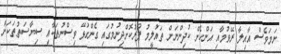
ނަމަވެސް އާއިލާ ރޭވުމާއި އަންހެން ކުދިންނަށް ތައުލީމު ފޯރުކޮށްދިނުމުގައި ގެންގުޅޭ ވިސްނުތަކާއި ސިޔާސަތުތަކަށް